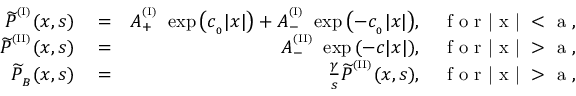
\begin{array} { r l r } { { \widetilde P } ^ { ^ { ( \mathrm { I } ) } } ( x , s ) } & { { } = } & { A _ { + } ^ { ^ { ( \mathrm { I } ) } } \ \exp { \left( c _ { _ 0 } | x | \right) } + A _ { - } ^ { ^ { ( \mathrm { I } ) } } \ \exp { \left( - c _ { _ 0 } | x | \right) } , \quad \mathrm { ~ f ~ o ~ r ~ | ~ x ~ | ~ < ~ a ~ } , } \\ { { \widetilde P } ^ { ^ { ( \mathrm { I I } ) } } ( x , s ) } & { { } = } & { A _ { - } ^ { ^ { ( \mathrm { I I } ) } } \ \exp { \left( - c | x | \right) } , \quad \mathrm { ~ f ~ o ~ r ~ | ~ x ~ | ~ > ~ a ~ } , } \\ { { \widetilde P } _ { _ B } ( x , s ) } & { { } = } & { \frac { \gamma } { s } { \widetilde P } ^ { ^ { ( \mathrm { I I } ) } } ( x , s ) , \quad \mathrm { ~ f ~ o ~ r ~ | ~ x ~ | ~ > ~ a ~ } , } \end{array}